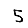
Digit: 5